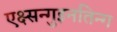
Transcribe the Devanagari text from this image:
एक्ष्सन्गुइनतिन्ग